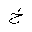
Letter: _kha